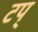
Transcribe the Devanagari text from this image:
टप्